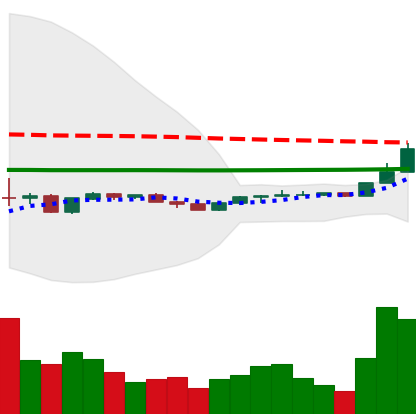
Ticker: LINK-USD
Chart end date: 2020-04-08
Forward return: 7.351%
Label: up_7plus